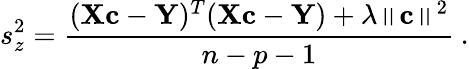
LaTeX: s_{z}^{2}=\frac{(\textbf{X}\textbf{c}-\textbf{Y})^{T}(\textbf{X}\textbf{c}-\textbf{Y})+\lambda\left\| \textbf{c}\right\| ^{2}}{n-p-1}\: .